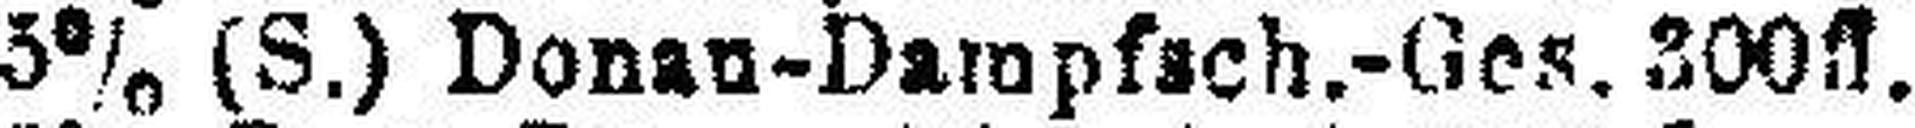
5% (S.) Donau-Dampfschifffahrt